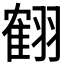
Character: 𦑱